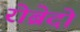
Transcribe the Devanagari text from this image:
रोब्रेदो